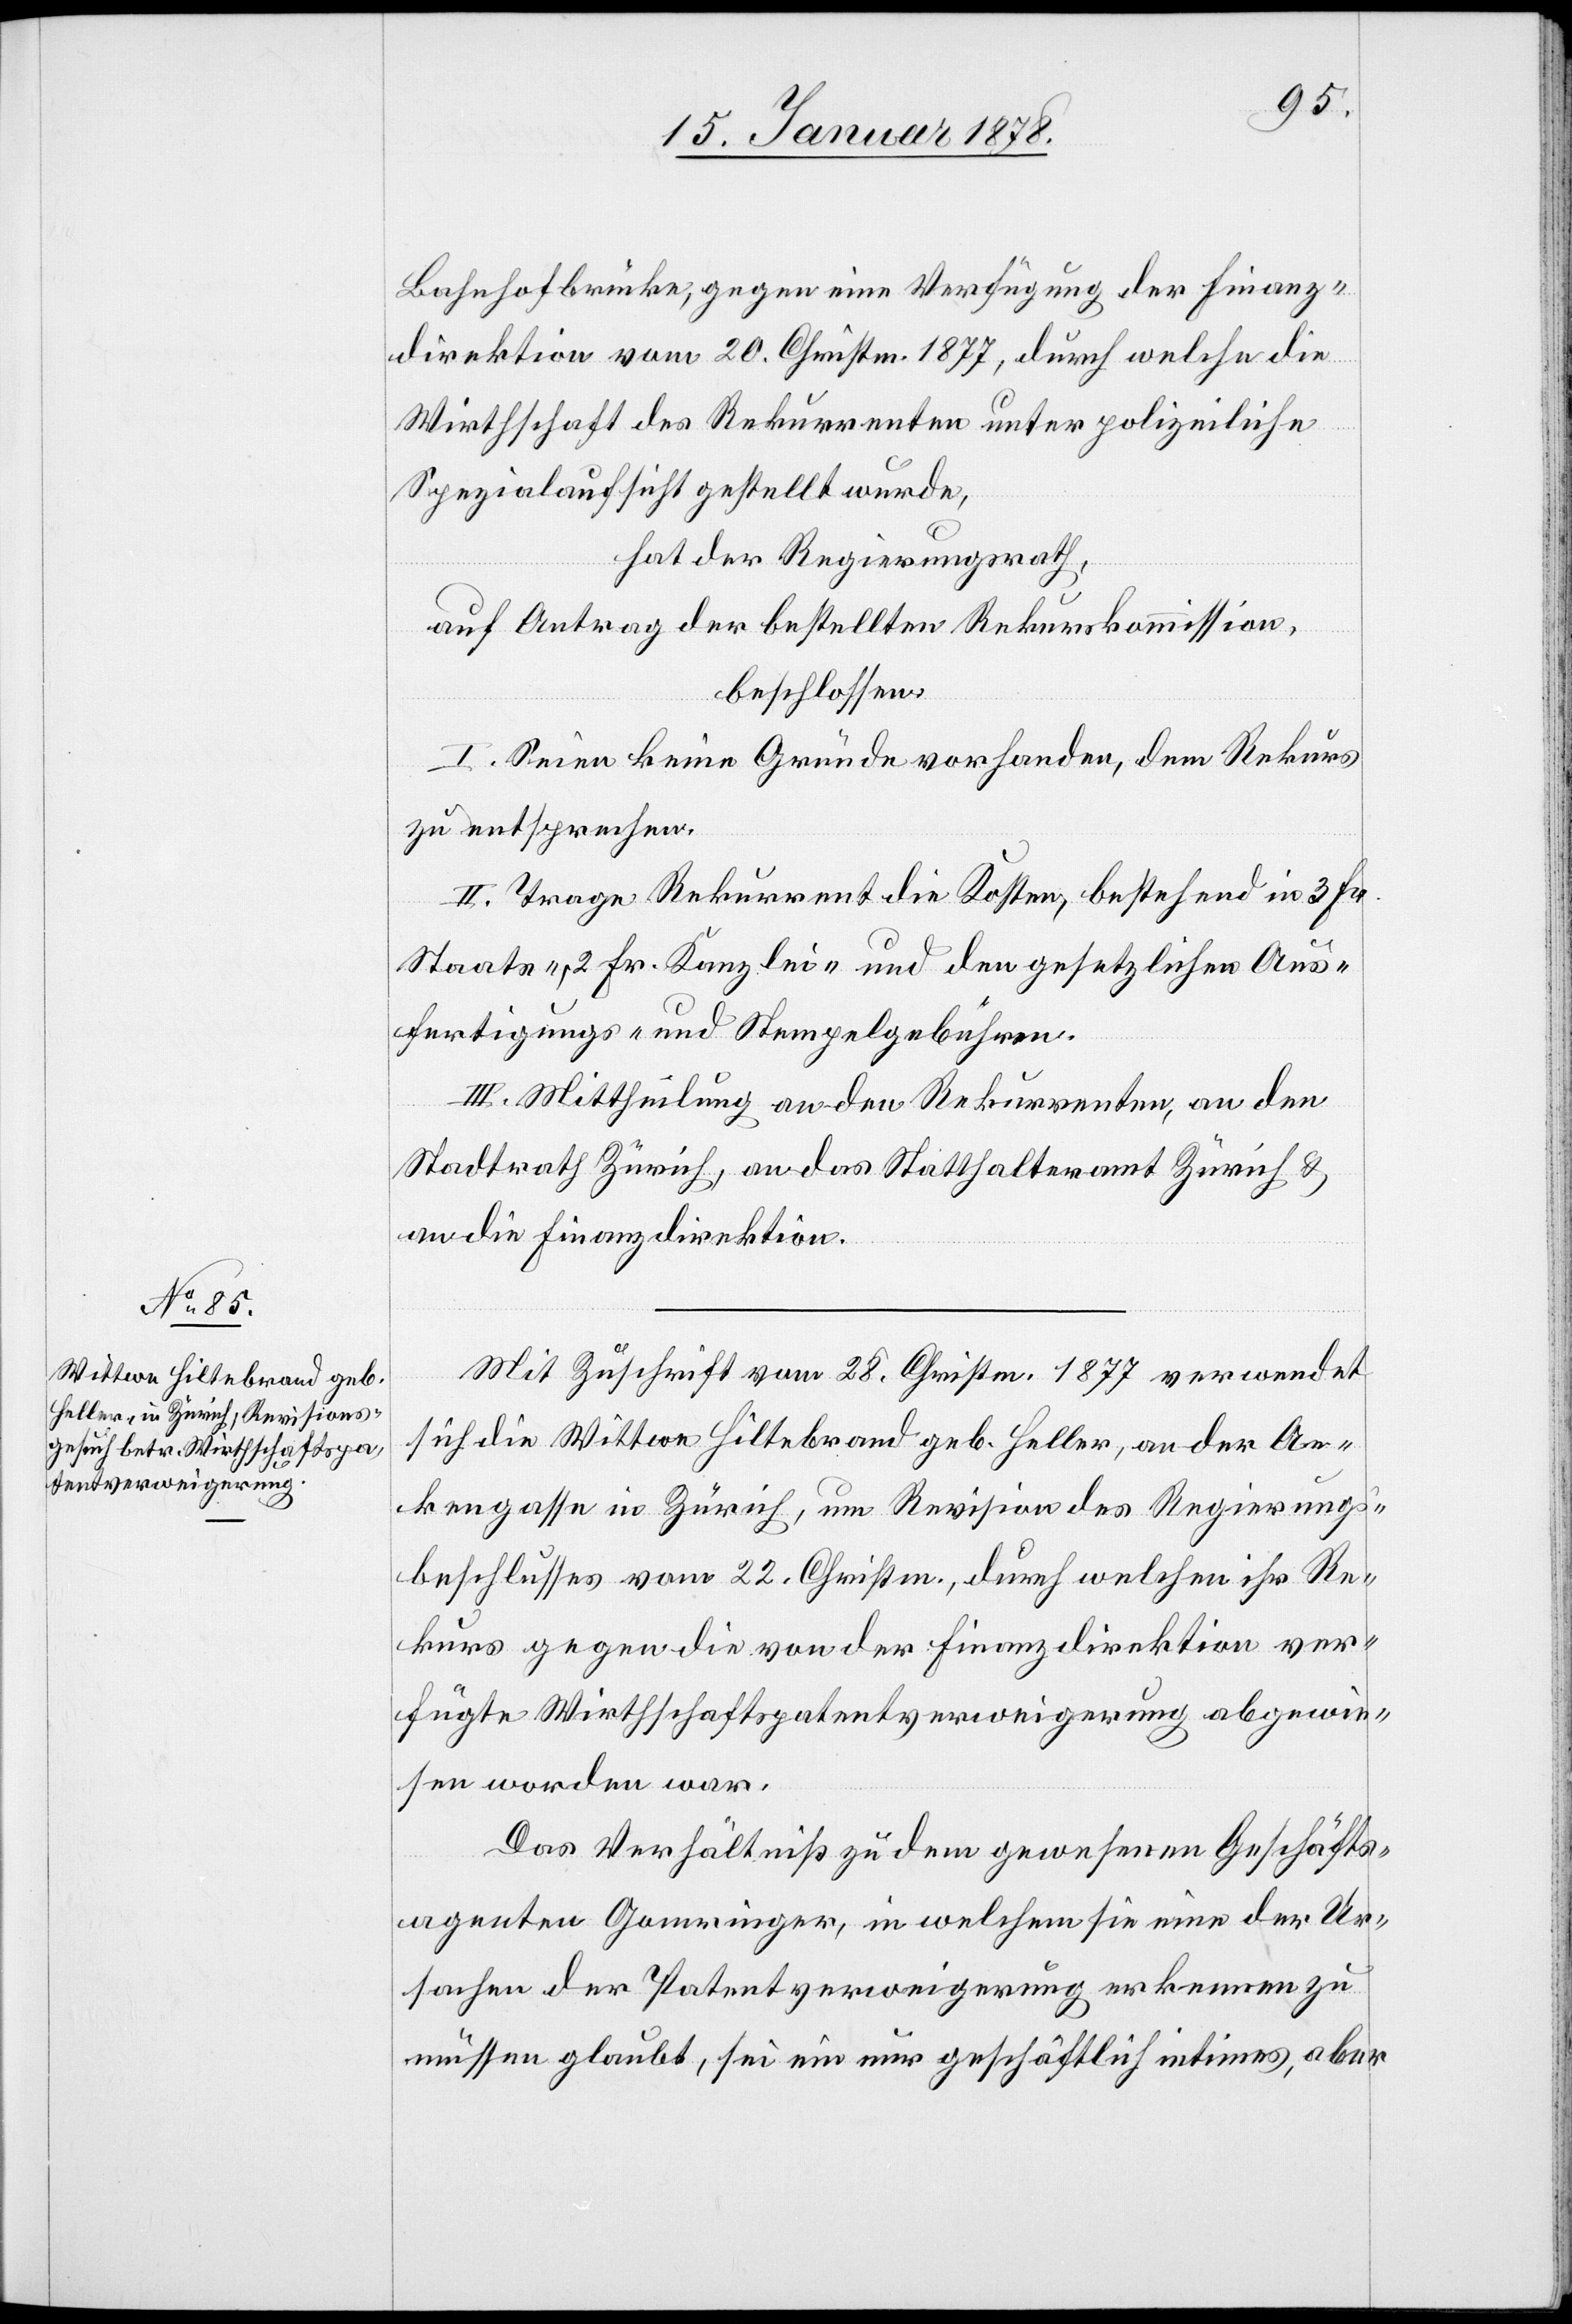
Bahnhofbrücke, gegen eine Verfügung der Finanz¬
direktion vom 20. Christm. 1877, durch welche die
Wirthschaft des Rekurrenten unter polizeiliche
Spezialaufsicht gestellt wurde,
hat der Regierungsrath,
auf Antrag der bestellten Rekurskommission,
beschlossen:
I. Seien keine Gründe vorhanden, dem Rekurs
zu entsprechen.
II. Trage Rekurrent die Kosten, bestehend in 3 Fr.
Staats-, 2 Fr. Kanzlei- und den gesetzlichen Aus¬
fertigungs- und Stempelgebühren.
III. Mittheilung an den Rekurrenten, an den
Stadtrath Zürich, an das Statthalteramt Zürich &
an die Finanzdirektion.
Mit Zuschrift vom 28. Christm. 1877 verwendet
sich die Wittwe Hiltebrand geb. Heller an der An¬
kengasse in Zürich, um Revision des Regierungs¬
beschlusses vom 22. Christm., durch welche ihr Re¬
kurs gegen die von der Finanzdirektion ver¬
fügte Wirthschaftspatentsverweigerung abgewie¬
sen worden war.
Das Verhältniß zu dem gewesenen Geschäfts¬
agenten Gomringer, in welchem sie eine der Ur¬
sache der Patentverweigerung erkennen zu
müssen glaubt, sei ein nur geschäftlich intimes, aber